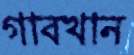
গাবখান